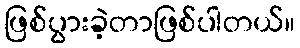
ဖြစ်ပွားခဲ့တာဖြစ်ပါတယ်။